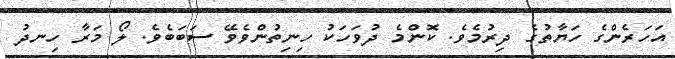
އަހަރެންގެ ހަޔާތުގެ ދިރުމެވެ. ކޮންމެ ދުވަހަކު ހިނިތުންވެވޭ ސަބަބެވެ. ލޯ މަރާ ހިނދު